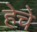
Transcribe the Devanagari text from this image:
हेचे